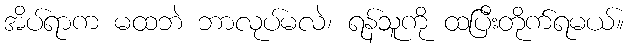
အိပ်ရာက မထဘဲ ဘာလုပ်မလဲ၊ ရန်သူကို ထပြီးတိုက်ရမယ်။